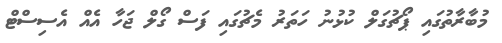
މުބާރާތުގައި ޕޯޗުގަލް ކުޅުނު ހަތަރު މެޗުގައި ފަސް ގޯލް ޖަހާ އެއް އެސިސްޓް